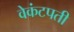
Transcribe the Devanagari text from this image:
वेकंटपती